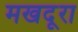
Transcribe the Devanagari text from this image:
मखदूरा